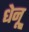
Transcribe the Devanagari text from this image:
धेनू